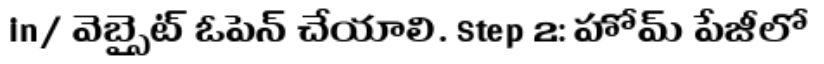
in/ వెబ్సైట్ ఓపెన్ చేయాలి. Step 2: హోమ్ పేజీలో